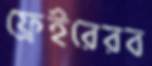
ফ্রেইরেরব